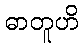
ဓာတူဟိ